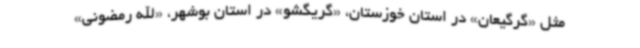
مثل «گرگیعان» در استان خوزستان، «گریگشو» در استان بوشهر، «الله رمضونی»